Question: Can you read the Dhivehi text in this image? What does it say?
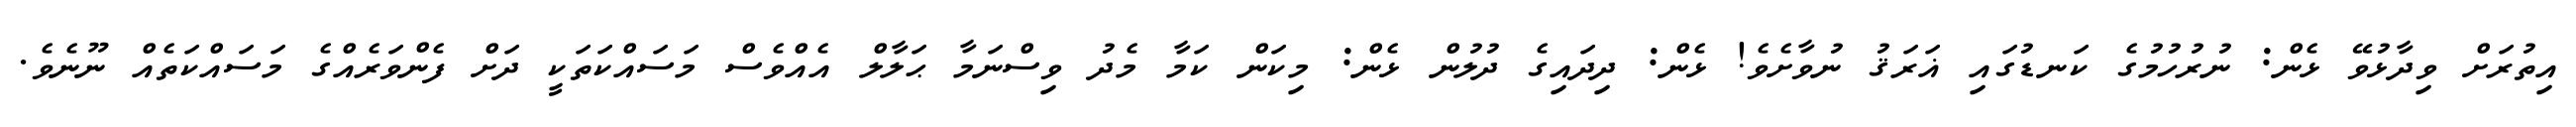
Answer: އިތުރަށް ވިދާޅުވޭ ޅެން: ނުރުހުމުގެ ކަނޑުގައި ޣަރަޤު ނުވާށެވެ! ޅެން: ދިދައިގެ ދުލުން ޅެން: މިކަން ކަމާ މެދު ވިސްނަމާ ޙަލާލް އެއްވެސް މަސައްކަތަކީ ދަށް ފެންވަރެއްގެ މަސައްކަތެއް ނޫނެވެ.